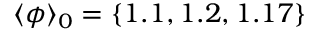
\langle \phi \rangle _ { 0 } = \{ 1 . 1 , 1 . 2 , 1 . 1 7 \}